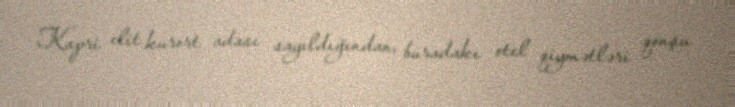
Kapri elit kurort adası sayıldığından, buradakı otel qiymətləri qonşu